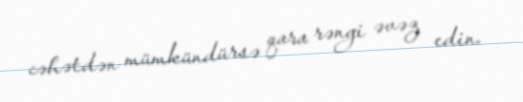
cəhətdən mümkündürsə qara rəngi əvəz edin.